Indian journal of veterinary science and animal husbandry - Volume 5,
Year: 1935
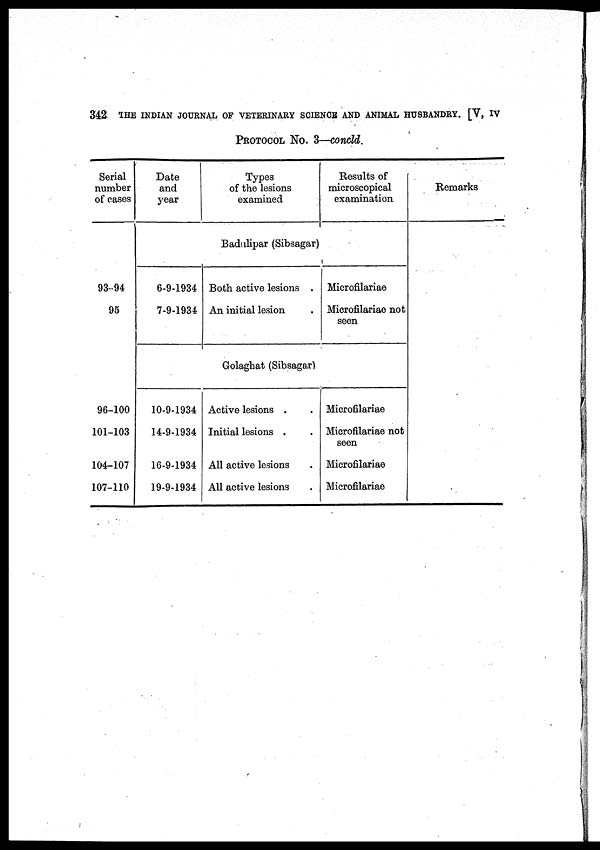
342 THE INDIAN JOURNAL OF VETERINARY SCIENCE AND ANIMAL HUSBANDRY. [V, IV
PROTOCOL No. 3—concld.
Serial.
number
of cases
93-94
95
96-100
101-103
104-107
107-110
Date
and
year
Types
of the lesions
examined
Results of
microscopical
examination
Badulipar (Sibsagar)
6-9-1934
7-9-1934
Both active lesions .
An initial lesion .
Microfilariae
Microfilariae not
seen
Golaghat (Sibsagar)
10-9-1934
14-9-1934
16-9-1934
19-9-1934
Active lesions . .
Initial lesions . .
All active lesions .
All active lesions .
Microfilariae
Microfilariae not
seen
Microfilariae
Microfilariae
Remarks